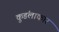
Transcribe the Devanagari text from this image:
कुडंलाकार